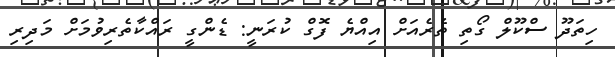
ހިތަދޫ ސްކޫލް ގޯތި ތެރެއަށް އިއްޔެ ފޮގް ކުރަނީ: ޑެންގީ ރައްކާތެރިވުމަށް މަދިރި